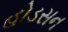
હોડસન